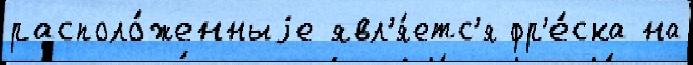
располо́женныjе явл'я́етс'я фр'е́ска на